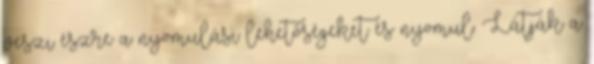
veszi észre a nyomulási lehetőségeket és nyomul. Látják a